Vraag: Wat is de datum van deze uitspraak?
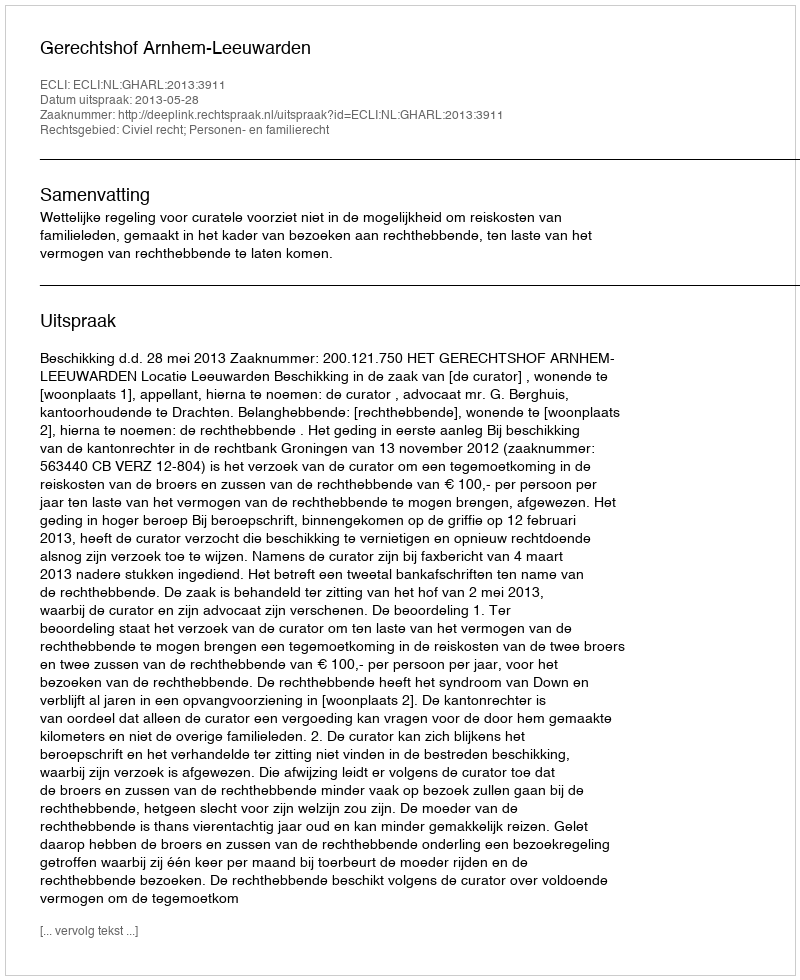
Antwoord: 2013-05-28